Indian journal of veterinary science and animal husbandry - Volume 7,
Year: 1937
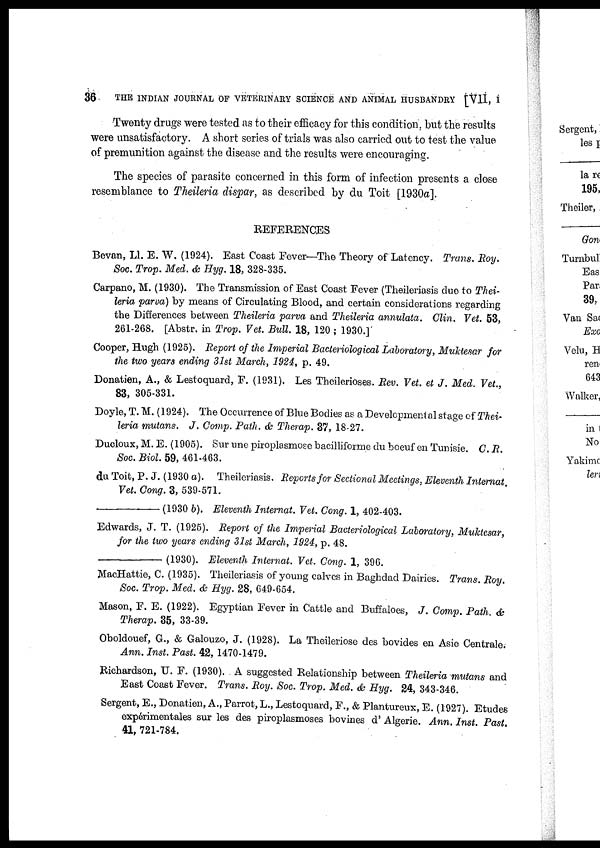
36
THE INDIAN JOURNAL OF VETERINARY SCIENCE AND ANIMAL HUSBANDRY [VII, I
Twenty drugs were tested as to their efficacy for this condition, but the results
were unsatisfactory. A short series of trials was also carried out to test the value
of premunition against the disease and the results were encouraging.
The species of parasite concerned in this form of infection presents a close
resemblance to Theileria dispar, as described by du Toit [1930a].
REFERENCES
Bevan, Ll. E. W. (1924). East Coast Fever—The Theory of Latency. Trans. Roy.
Soc. Trop. Med. & Hyg. 18, 328-335.
Carpano, M. (1930). The Transmission of East Coast Fever (Theileriasis due to Thei-
leria parva) by means of Circulating Blood, and certain considerations regarding
the Differences between Theileria parva and Theileria annulata. Clin. Vet. 53,
261-268. [Abstr, in Trop. Vet. Bull. 18, 120 ; 1930.]
Cooper, Hugh (1925). Report of the Imperial Bacteriological Laboratory, Muktesar for
the two years ending 31st March, 1924, p. 49.
Donatien, A., & Lestoquard, F. (1931). Les Theilerioses. Rev. Vet. et J. Med. Vet.,
83, 305-331.
Doyle, T. M. (1924). The Occurrence of Blue Bodies as a Developmental stage of Thei-
leria mutans. J. Comp. Path. & Therap. 37, 18-27.
Ducloux, M. E. (1905). Sur vine piroplasmose bacilliforme du boeuf en Tunisie. C. R.
Soc. Biol. 59, 461-463.
du Toit, P. J. (1930 a). Theileriasis. Reports for Sectional Meetings, Eleventh Internat.
Vet. Cong. 3, 539-571.
–––––––––(1930
b). Eleventh Internat. Vet. Cong. 1, 402-403.
Edwards, J. T. (1925). Report of the Imperial Bacteriological Laboratory, Muktesar,
for the two years ending 31st March, 1924, p. 48.
––––––––– (1930). Eleventh Internat. Vet. Cong. 1, 396.
MacHattie, C. (1935). Theileriasis of young calves in Baghdad Dairies. Trans. Roy.
Soc. Trop. Med. & Hyg. 28, 649-654.
Mason, F. E. (1922). Egyptian Fever in Cattle and Buffaloes, J. Comp. Path. &
Therap. 35, 33-39.
Oboldouef, G., & Galouzo, J. (1928). La Theileriose des bovides en Asie Centrale.
Ann. Inst. Past. 42, 1470-1479.
Richardson, U. F. (1930). A suggested Relationship between Theileria mutans and
East Coast Fever. Trans. Roy. Soc. Trop. Med. & Hyg. 24, 343-346.
Sergent, E., Donatien, A., Parrot, L., Lestoquard, F., & Plantureux, E. (1927). Etudes
expérimentales sur les des piroplasmoses bovines d' Algerie. Ann. Inst. Past.
41, 721-784.